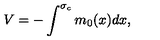
V = - \int ^ { \sigma _ { c } } m _ { 0 } { ( x ) } d x ,